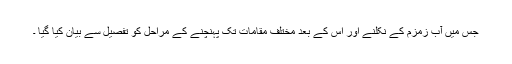
جس میں آب زمزم کے نکلنے اور اس کے بعد مختلف مقامات تک پہنچنے کے مراحل کو تفصیل سے بیان کیا گیا ۔